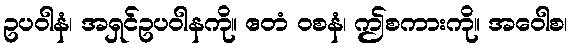
ဥပဝါနံ၊ အရှင်ဥပဝါနကို။ ဧတံ ဝစနံ၊ ဤစကားကို။ အဝေါစ၊